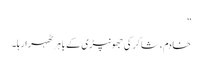
”
خادم، شاکر کی جھونپڑی کے باہر ٹھہرا رہا۔